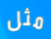
مثل